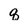
Character: q